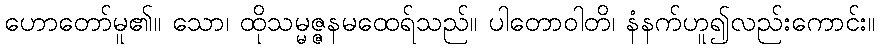
ဟောတော်မူ၏။ သော၊ ထိုသမ္မဇ္ဇနမထေရ်သည်။ ပါတောဝါတိ၊ နံနက်ဟူ၍လည်းကောင်း။